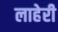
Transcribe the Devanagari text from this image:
लाहेरी